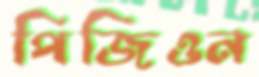
পিজিওন